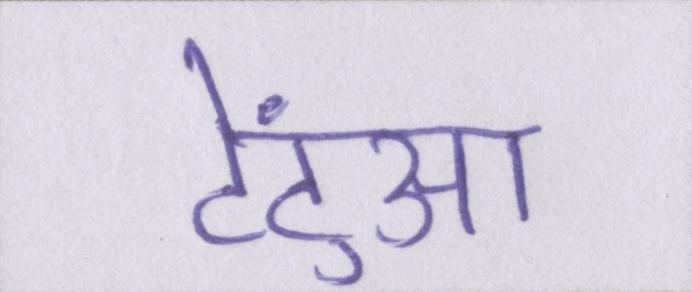
टेंटुआ